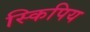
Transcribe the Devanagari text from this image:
स्किपिय